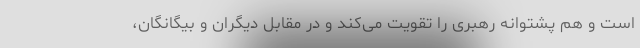
است و هم پشتوانه رهبری را تقویت می‌کند و در مقابل دیگران و بیگانگان،